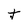
Character: t